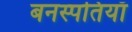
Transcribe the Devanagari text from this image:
बनस्पतियाँ